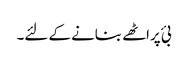
بئ پراٹھے بنانے کے لئے۔